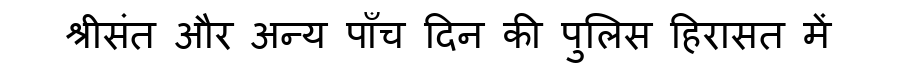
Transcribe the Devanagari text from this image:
श्रीसंत और अन्य पाँच दिन की पुलिस हिरासत में